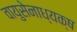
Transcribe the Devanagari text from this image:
वायुसेनाध्यक्ष